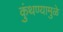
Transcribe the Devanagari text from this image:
कुंथण्यामुळे